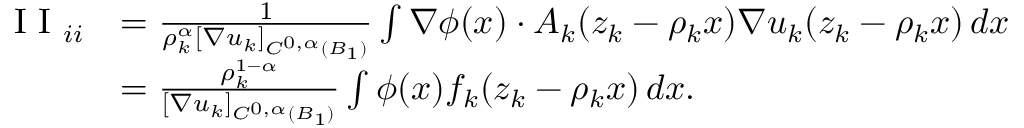
\begin{array} { r l } { \textrm { I I } _ { i i } } & { = \frac { 1 } { \rho _ { k } ^ { \alpha } [ \nabla u _ { k } ] _ { C ^ { 0 , \alpha } ( B _ { 1 } ) } } \int \nabla \phi ( x ) \cdot A _ { k } ( z _ { k } - \rho _ { k } x ) \nabla u _ { k } ( z _ { k } - \rho _ { k } x ) \, d x } \\ & { = \frac { \rho _ { k } ^ { 1 - \alpha } } { [ \nabla u _ { k } ] _ { C ^ { 0 , \alpha } ( B _ { 1 } ) } } \int \phi ( x ) f _ { k } ( z _ { k } - \rho _ { k } x ) \, d x . } \end{array}